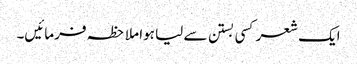
ایک شعر کسی بستن سے لیا ہوا ملاحظہ فرمائیں۔